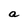
Character: a